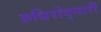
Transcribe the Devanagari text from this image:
रुधिरोद्नारी